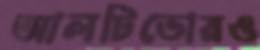
আলটিডোরও